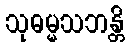
သုဓမ္မသဘန္တိ